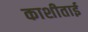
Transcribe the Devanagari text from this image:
काशीताई